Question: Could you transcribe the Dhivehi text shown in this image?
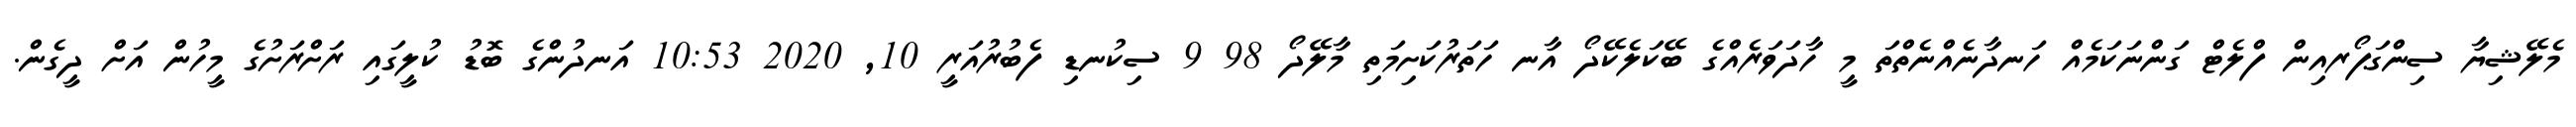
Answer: މެލޭޝިޔާ ސިންގަޕޯރއިން ފްލެޓް ގަންނަކަމެއް ހަނދާނެއްނެތްތަ މީ ހާދަވަރެއްގެ ބޭކަލެކޭދޯ އާނ ހަތަރުކަށިމަތި މާލޭދޯ 98 9 ސިކުނޑި ފެބުރުއަރީ 10, 2020 10:53 އަނދުންގެ ބޮޑު ކުލީގައި ރަށްރަށުގެ މީހުން އަށް ދީގެން.